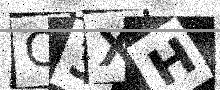
Text: C3XH